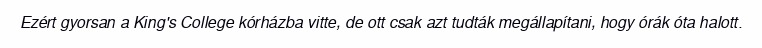
Ezért gyorsan a King's College kórházba vitte, de ott csak azt tudták megállapítani, hogy órák óta halott.